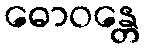
ဓောဝန္တေ